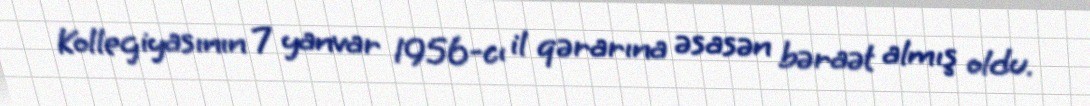
Kollegiyasının 7 yanvar 1956-cı il qərarına əsasən bəraət almış oldu.